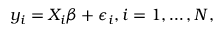
y _ { i } = X _ { i } \beta + \epsilon _ { i } , i = 1 , \ldots , N ,